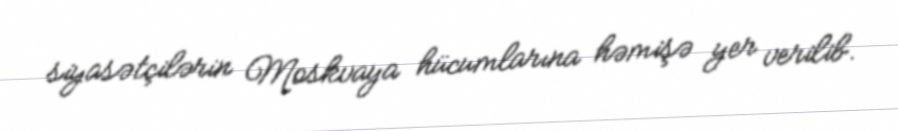
siyasətçilərin Moskvaya hücumlarına həmişə yer verilib.